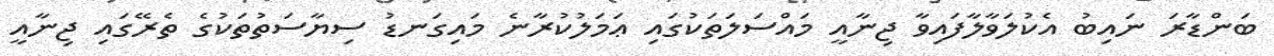
ބަންޑާރަ ނައިބު އެކުލަވާލާފައިވާ ޖިނާއީ މައްސަލަތަކުގައި ޢަމަލުކުރާނެ މައިގަނޑު ސިޔާސަތުތަކުގެ ތެރޭގައި ޖިނާއީ